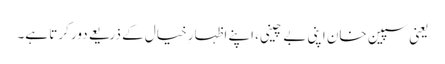
یعنی سپین خان اپنی بے چینی، اپنے اظہارِ خیال کے ذریعے دور کرتا ہے۔